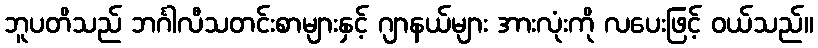
ဘူပတိသည် ဘင်္ဂါလီသတင်းစာများနှင့် ဂျာနယ်များ အားလုံးကို လပေးဖြင့် ဝယ်သည်။